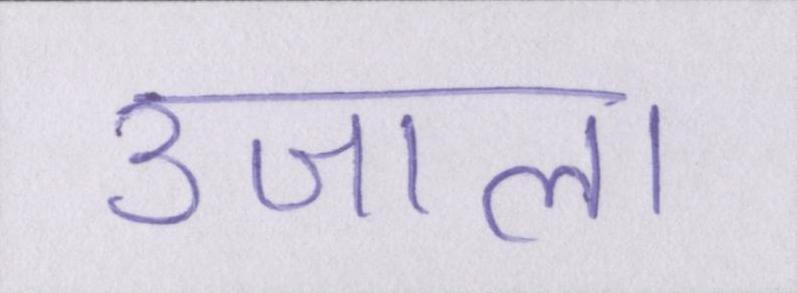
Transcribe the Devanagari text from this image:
उजाला